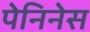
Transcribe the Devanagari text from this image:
पेनिनेस